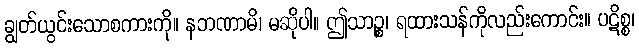
ချွတ်ယွင်းသောစကားကို။ နဘဏာမိ၊ မဆိုပါ။ ဤသာဉ္စ၊ ရထားသန်ကိုလည်းကောင်း။ ပဋိစ္စ၊